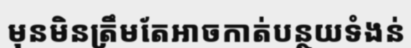
មុនមិនត្រឹមតែអាចកាត់បន្ថយទំងន់